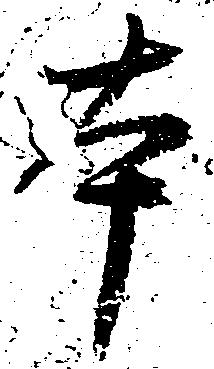
本